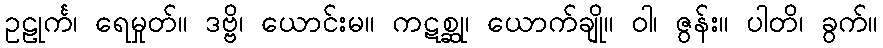
ဥဠုင်္က၊ ရေမှုတ်။ ဒဗ္ဗိ၊ ယောင်းမ။ ကဋစ္ဆု၊ ယောက်ချို။ ဝါ၊ ဇွန်း။ ပါတိ၊ ခွက်။